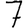
Digit: 7